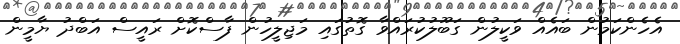
އެހެންކަމުން ބައެއް ވަކީލުން ގަބޫލުކުރައްވާ ގޮތުގައި މަޖިލީހުން ފާސްކޮށް ރައީސް އަބްދު ޔާމީން